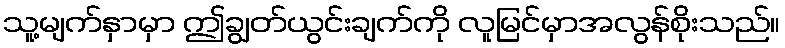
သူ့မျက်နှာမှာ ဤချွတ်ယွင်းချက်ကို လူမြင်မှာအလွန်စိုးသည်။